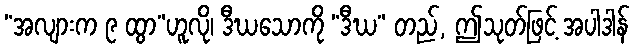
“အလျားက ၉ ထွာ”ဟူလို၊ ဒီဃသောကို “ဒီဃ” တည်, ဤသုတ်ဖြင့် အပါဒါန်